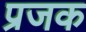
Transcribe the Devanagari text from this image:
प्रजक